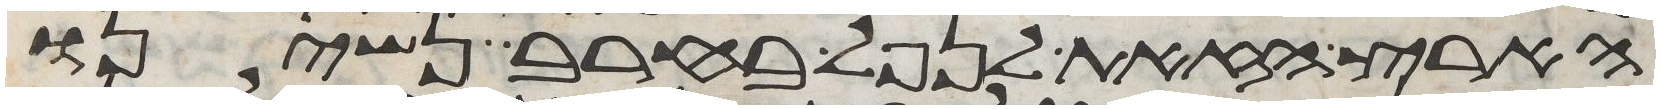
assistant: הארץ הזאת לנפל בחרב נשינו